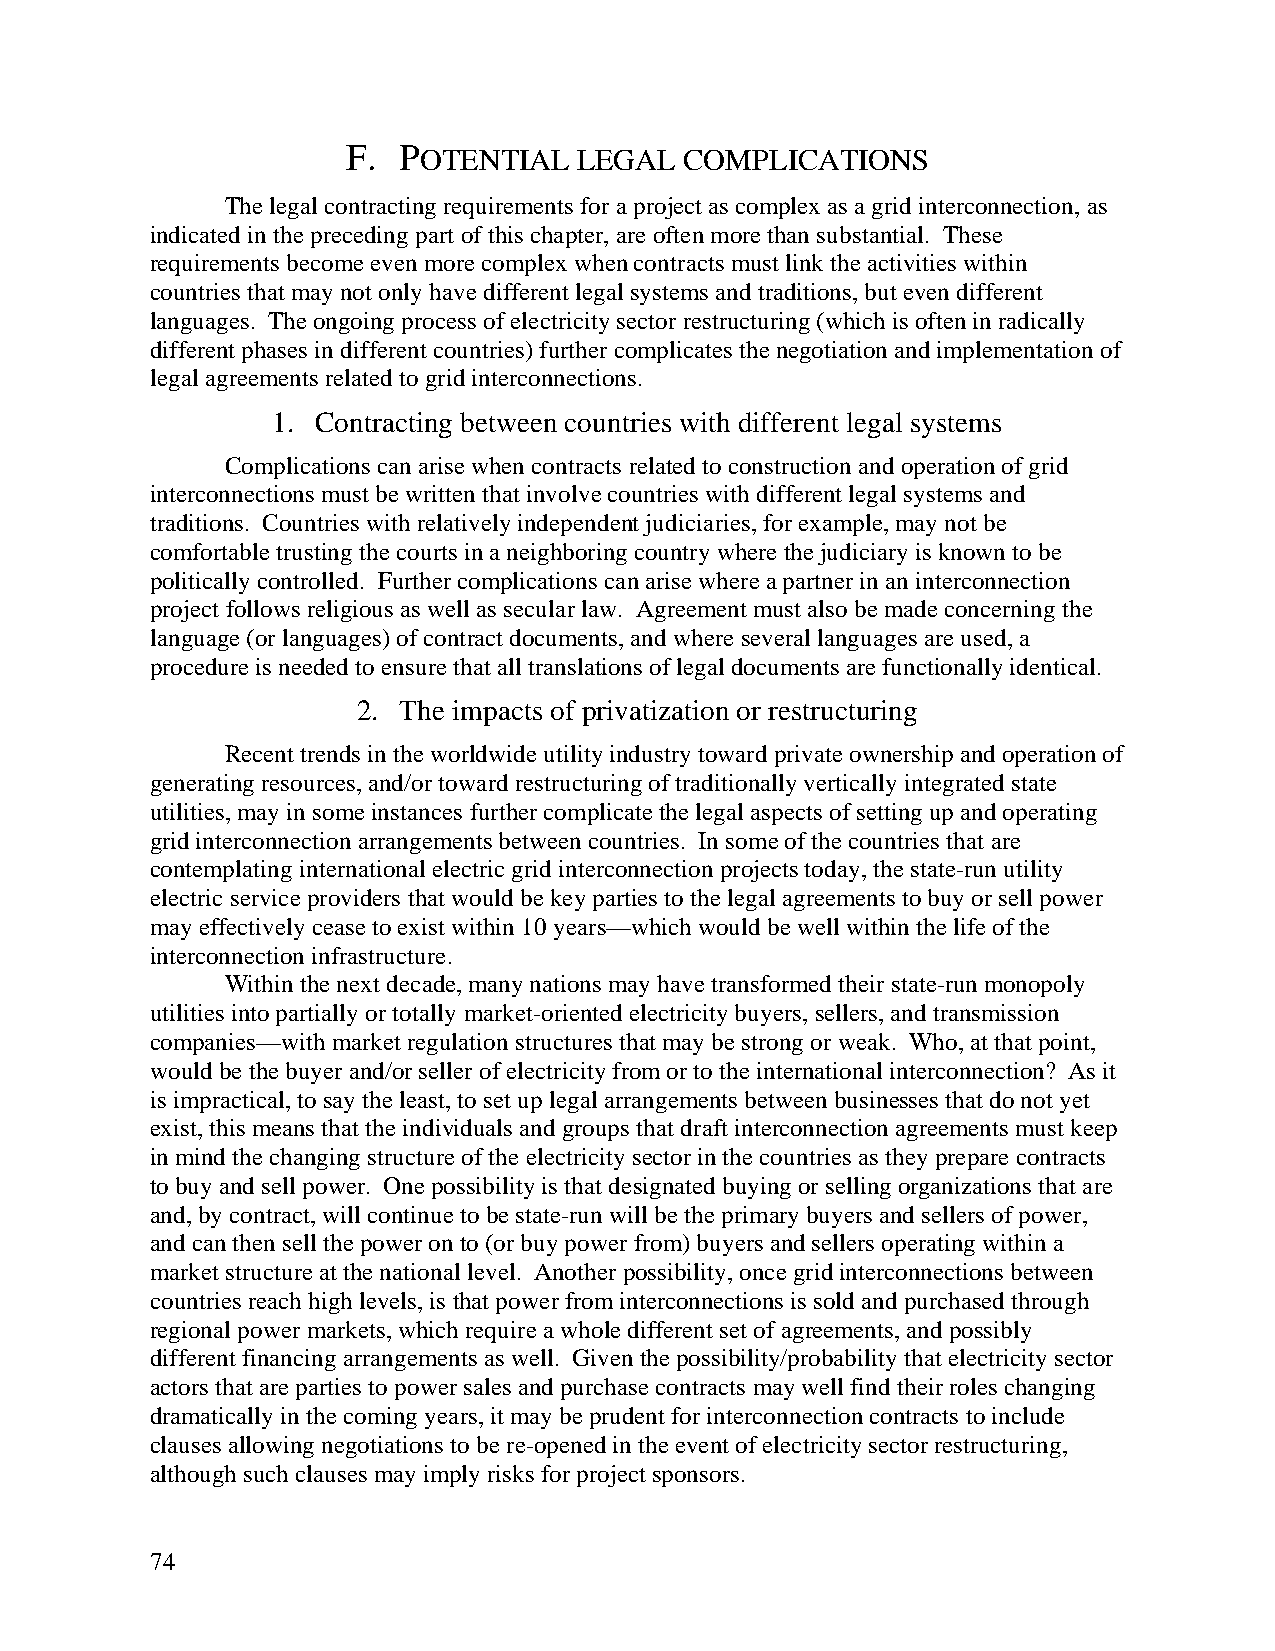
F. POTENTIAL   LEGAL  COMPLICATIONS
 The legal contracting requirements for a project as complex as a grid interconnection, as
 indicated in the preceding part of this chapter, are often more than substantial. These
 requirements become even more complex when contracts must link the activities within
 countries that may not only have different legal systems and traditions, but even different
 languages. The ongoing process of electricity sector restructuring (which is often in radically
 different phases in different countries) further complicates the negotiation and implementation of
 legal agreements related to grid interconnections.
 1. Contracting between countries with different legal systems
 Complications can arise when contracts related to construction and operation of grid
 interconnections must be written that involve countries with different legal systems and
 traditions. Countries with relatively independent judiciaries, for example, may not be
 comfortable trusting the courts in a neighboring country where the judiciary is known to be
 politically controlled. Further complications can arise where a partner in an interconnection
 project follows religious as well as secular law. Agreement must also be made concerning the
 language (or languages) of contract documents, and where several languages are used, a
 procedure is needed to ensure that all translations of legal documents are functionally identical.
 2. The impacts of privatization or restructuring
 Recent trends in the worldwide utility industry toward private ownership and operation of
 generating resources, and/or toward restructuring of traditionally vertically integrated state
 utilities, may in some instances further complicate the legal aspects of setting up and operating
 grid interconnection arrangements between countries. In some of the countries that are
 contemplating international electric grid interconnection projects today, the state-run utility
 electric service providers that would be key parties to the legal agreements to buy or sell power
 may effectively cease to exist within 10 years—which would be well within the life of the
 interconnection infrastructure.
 Within the next decade, many nations may have transformed their state-run monopoly
 utilities into partially or totally market-oriented electricity buyers, sellers, and transmission
 companies—with market regulation structures that may be strong or weak. Who, at that point,
 would be the buyer and/or seller of electricity from or to the international interconnection? As it
 is impractical, to say the least, to set up legal arrangements between businesses that do not yet
 exist, this means that the individuals and groups that draft interconnection agreements must keep
 in mind the changing structure of the electricity sector in the countries as they prepare contracts
 to buy and sell power. One possibility is that designated buying or selling organizations that are
 and, by contract, will continue to be state-run will be the primary buyers and sellers of power,
 and can then sell the power on to (or buy power from) buyers and sellers operating within a
 market structure at the national level. Another possibility, once grid interconnections between
 countries reach high levels, is that power from interconnections is sold and purchased through
 regional power markets, which require a whole different set of agreements, and possibly
 different financing arrangements as well. Given the possibility/probability that electricity sector
 actors that are parties to power sales and purchase contracts may well find their roles changing
 dramatically in the coming years, it may be prudent for interconnection contracts to include
 clauses allowing negotiations to be re-opened in the event of electricity sector restructuring,
 although such clauses may imply risks for project sponsors.
 74